Plague in India, 1896, 1897 - Volume 3
Year: 1896
Disease focus: Plague
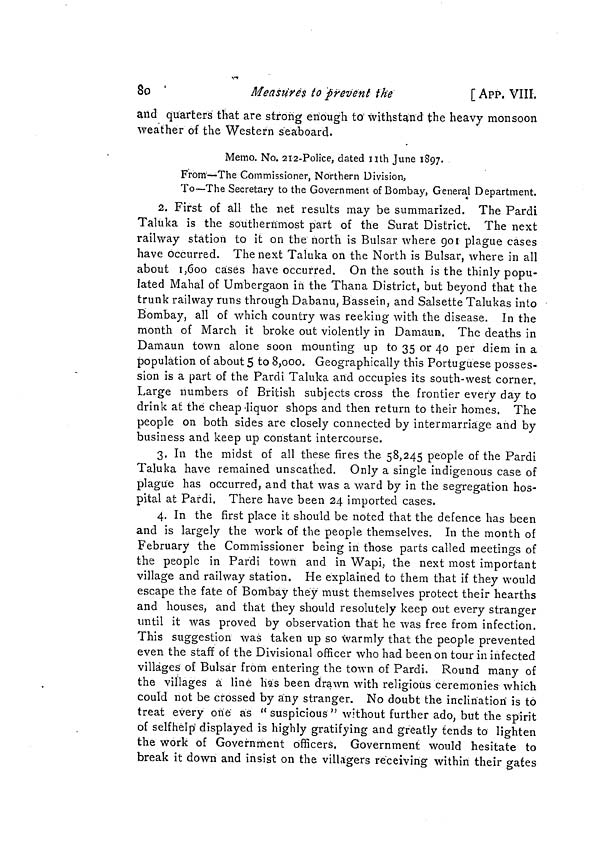
8o
Measures to prevent the
[ APP. VIII.
and quarters that are strong enough to withstand the heavy monsoon
weather of the Western seaboard.
Memo. No. 212-Police, dated 11th June 1897.
From'—The Commissioner, Northern Division,
To—The Secretary to the Government of Bombay, General Department.
2. First of all the net results may be summarized. The Pardi
Taluka is the southernmost part of the Surat District. The next
railway station to it on the north is Bulsar where 901 plague cases
have occurred. The next Taluka on the North is Bulsar, where in all
about 1,600 cases have occurred. On the south is the thinly popu-
lated Mahal of Umbergaon in the Thana District, but beyond that the
trunk railway runs through Dabanu, Bassein, and Salsette Talukas into
Bombay, all of which country was reeking with the disease. In the
month of March it broke out violently in Damaun. The deaths in
Damaun town alone soon mounting up to 35 or 40 per diem in a
population of about 5 to 8,000. Geographically this Portuguese posses-
sion is a part of the Pardi Taluka and occupies its south-west corner.
Large numbers of British subjects cross the frontier every day to
drink at the cheap-liquor shops and then return to their homes. The
people on both sides are closely connected by intermarriage and by
business and keep up constant intercourse.
3. In the midst of all these fires the 58,245 people of the Pardi
Taluka have remained unscathed. Only a single indigenous case of
plague has occurred, and that was a ward by in the segregation hos-
pital at Pardi. There have been 24 imported cases.
4. In the first place it should be noted that the defence has been
and is largely the work of the people themselves. In the month of
February the Commissioner being in those parts called meetings of
the people in Pardi town and in Wapi, the next most important
village and railway station. He explained to them that if they would
escape the fate of Bombay they must themselves protect their hearths
and houses, and that they should resolutely keep out every stranger
until it was proved by observation that he was free from infection.
This suggestion was taken up so warmly that the people prevented
even the staff of the Divisional officer who had been on tour in infected
villages of Bulsar from entering the town of Pardi. Round many of
the villages a line has been drawn with religious ceremonies which
could not be crossed by any stranger. No doubt the inclination is to
treat every one as " suspicious " without further ado, but the spirit
of selfhelp displayed is highly gratifying and greatly fends to lighten
the work of Government officers. Government would hesitate to
break it down and insist on the villagers receiving within their gates